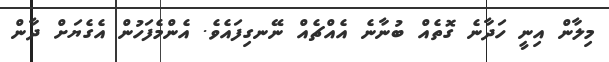
މިލާން އިނީ ހަދާނެ ގޮތެއް ބުނާނެ އެއްޗެއް ނޭނގިފައެވެ. އެންމެފަހުން އެގެޔަށް ދާން